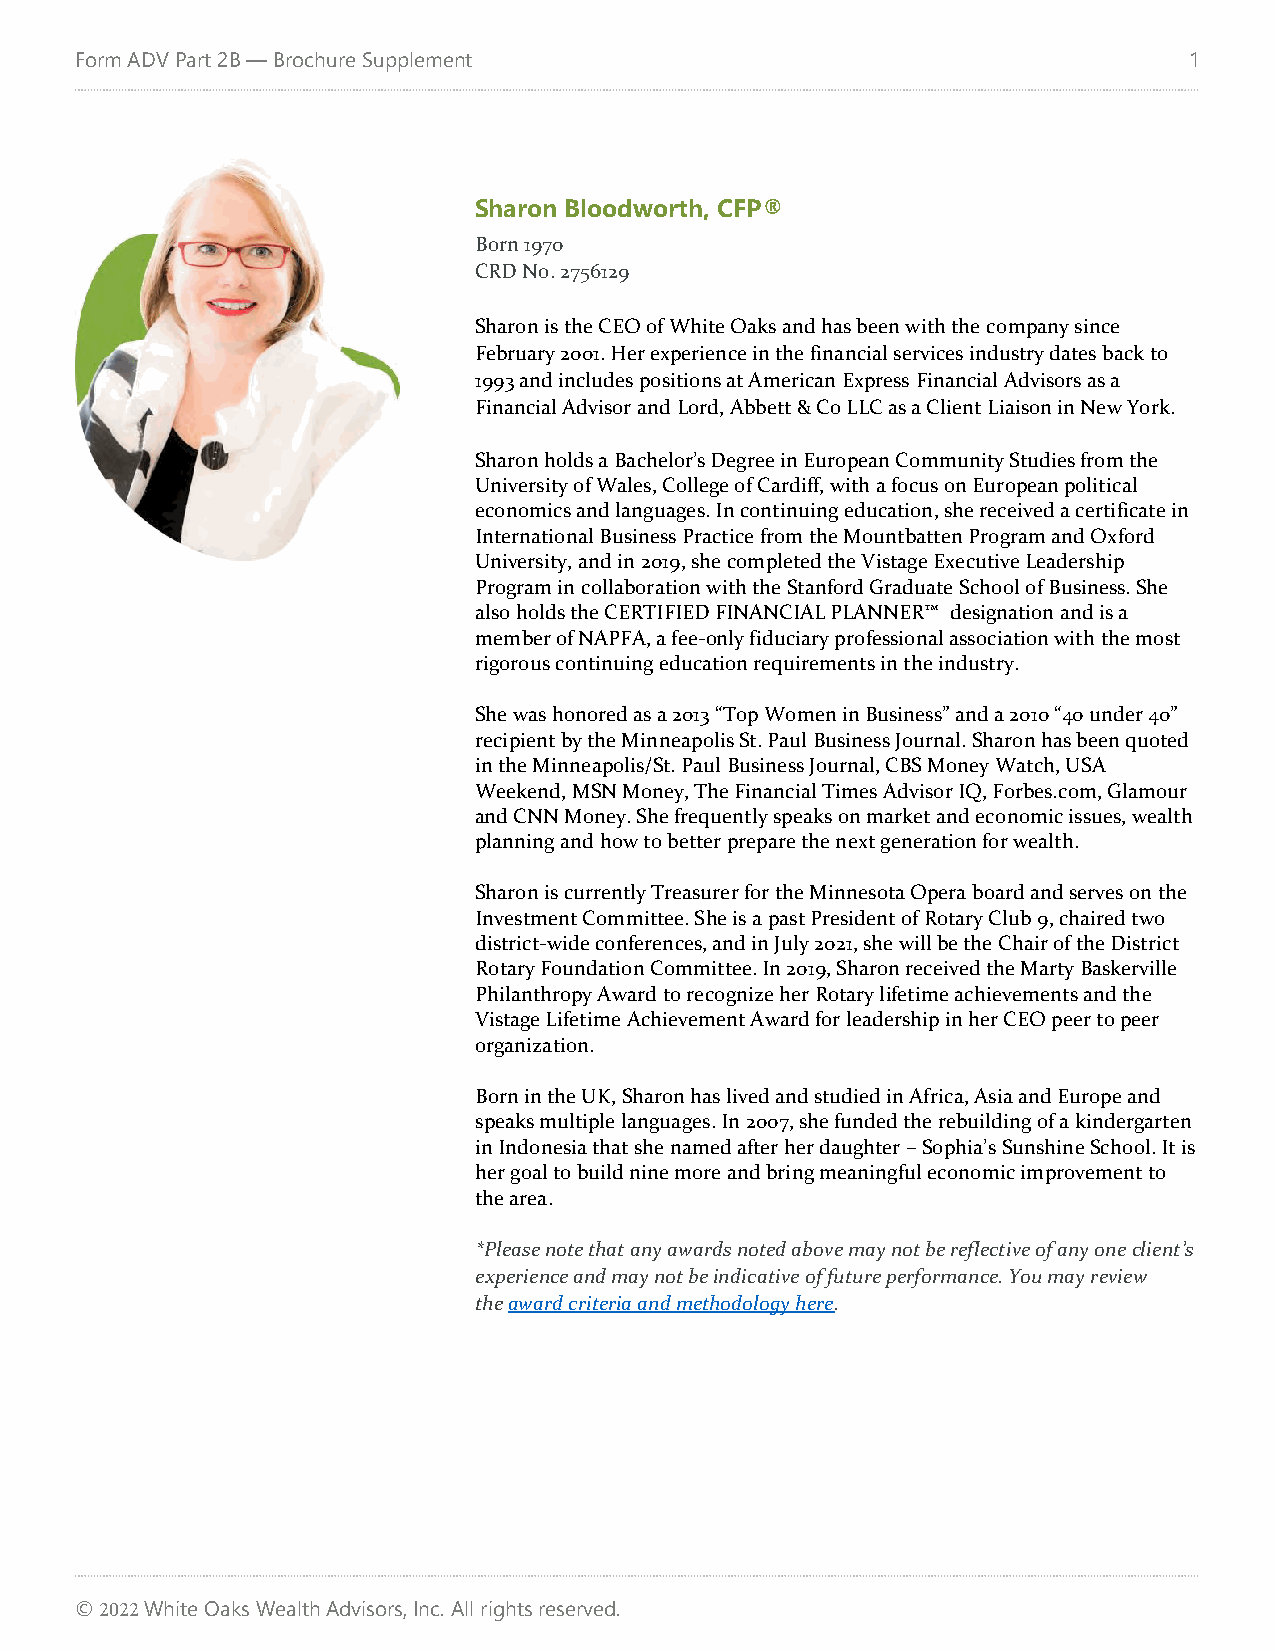
Form ADV Part 2B — Brochure Supplement                                    1
 Sharon Bloodworth, CFP®
 Born 1970
 CRD No. 2756129
 Sharon is the CEO of White Oaks and has been with the company since
 February 2001. Her experience in the financial services industry dates back to
 1993 and includes positions at American Express Financial Advisors as a
 Financial Advisor and Lord, Abbett & Co LLC as a Client Liaison in New York.
 Sharon holds a Bachelor’s Degree in European Community Studies from the
 University of Wales, College of Cardiff, with a focus on European political
 economics and languages. In continuing education, she received a certificate in
 International Business Practice from the Mountbatten Program and Oxford
 University, and in 2019, she completed the Vistage Executive Leadership
 Program in collaboration with the Stanford Graduate School of Business. She
 also holds the CERTIFIED FINANCIAL PLANNER™ designation and is a
 member of NAPFA, a fee-only fiduciary professional association with the most
 rigorous continuing education requirements in the industry.
 She was honored as a 2013 “Top Women in Business” and a 2010 “40 under 40”
 recipient by the Minneapolis St. Paul Business Journal. Sharon has been quoted
 in the Minneapolis/St. Paul Business Journal, CBS Money Watch, USA
 Weekend, MSN Money, The Financial Times Advisor IQ, Forbes.com, Glamour
 and CNN Money. She frequently speaks on market and economic issues, wealth
 planning and how to better prepare the next generation for wealth.
 Sharon is currently Treasurer for the Minnesota Opera board and serves on the
 Investment Committee. She is a past President of Rotary Club 9, chaired two
 district-wide conferences, and in July 2021, she will be the Chair of the District
 Rotary Foundation Committee. In 2019, Sharon received the Marty Baskerville
 Philanthropy Award to recognize her Rotary lifetime achievements and the
 Vistage Lifetime Achievement Award for leadership in her CEO peer to peer
 organization.
 Born in the UK, Sharon has lived and studied in Africa, Asia and Europe and
 speaks multiple languages. In 2007, she funded the rebuilding of a kindergarten
 in Indonesia that she named after her daughter – Sophia’s Sunshine School. It is
 her goal to build nine more and bring meaningful economic improvement to
 the area.
 *Please note that any awards noted above may not be reflective of any one client’s
 experience and may not be indicative of future performance. You may review
 the award criteria and methodology here.
 © 2022 White Oaks Wealth Advisors, Inc. All rights reserved.